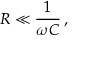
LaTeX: R \ll { \frac { 1 } { \omega C } } \, ,